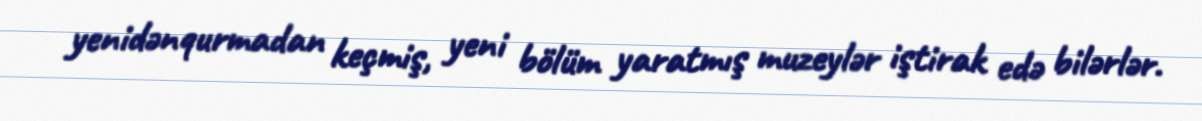
yenidənqurmadan keçmiş, yeni bölüm yaratmış muzeylər iştirak edə bilərlər.